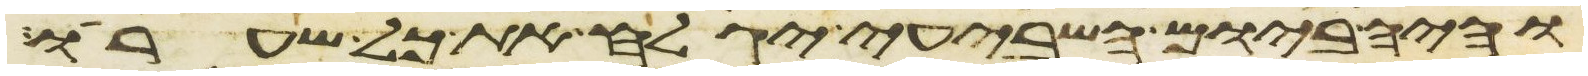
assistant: והיה ביום השביעי יגלח את כל שערו